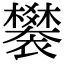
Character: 䙪